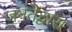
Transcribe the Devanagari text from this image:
जनतेद्वारा